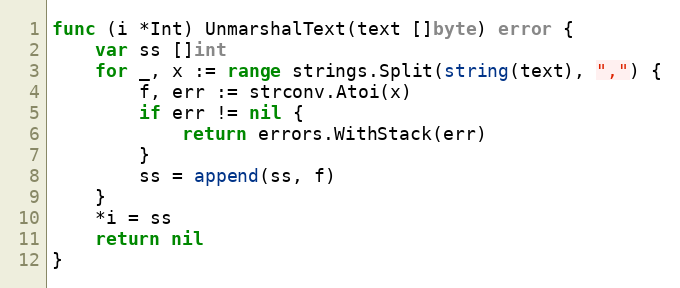
Language: Go
func (i *Int) UnmarshalText(text []byte) error {
	var ss []int
	for _, x := range strings.Split(string(text), ",") {
		f, err := strconv.Atoi(x)
		if err != nil {
			return errors.WithStack(err)
		}
		ss = append(ss, f)
	}
	*i = ss
	return nil
}